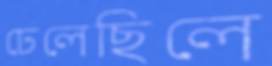
ঢেলেছিলে